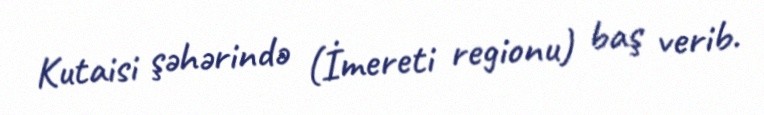
Kutaisi şəhərində (İmereti regionu) baş verib.